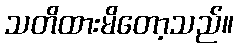
သတိထားမိတော့သည်။